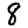
Digit: 8